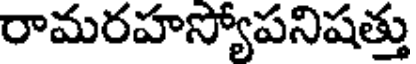
రామరహస్యోపనిషత్తు